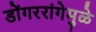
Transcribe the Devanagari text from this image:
डोंगररांगेमुळे